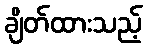
ချိတ်ထားသည့်